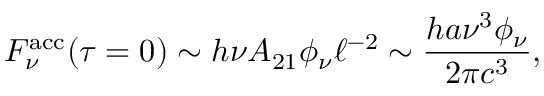
F _ { \nu } ^ { \mathrm { a c c } } ( { \tau = 0 } ) \sim h \nu A _ { 2 1 } \phi _ { \nu } \ell ^ { - 2 } \sim \frac { h a \nu ^ { 3 } \phi _ { \nu } } { 2 \pi c ^ { 3 } } ,